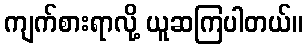
ကျက်စားရာလို့ ယူဆကြပါတယ်။